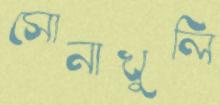
সোনাখুলি